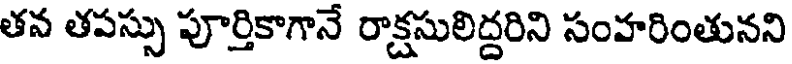
తవ తపస్సు పూర్తికాగానే రాక్షసులిద్దరిని సంహరింతునని